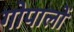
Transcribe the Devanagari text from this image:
गोपालों